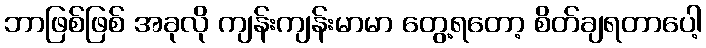
ဘာဖြစ်ဖြစ် အခုလို ကျန်းကျန်းမာမာ တွေ့ရတော့ စိတ်ချရတာပေါ့